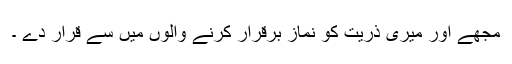
مجھے اور میری ذریت کو نماز برقرار کرنے والوں میں سے قرار دے ۔